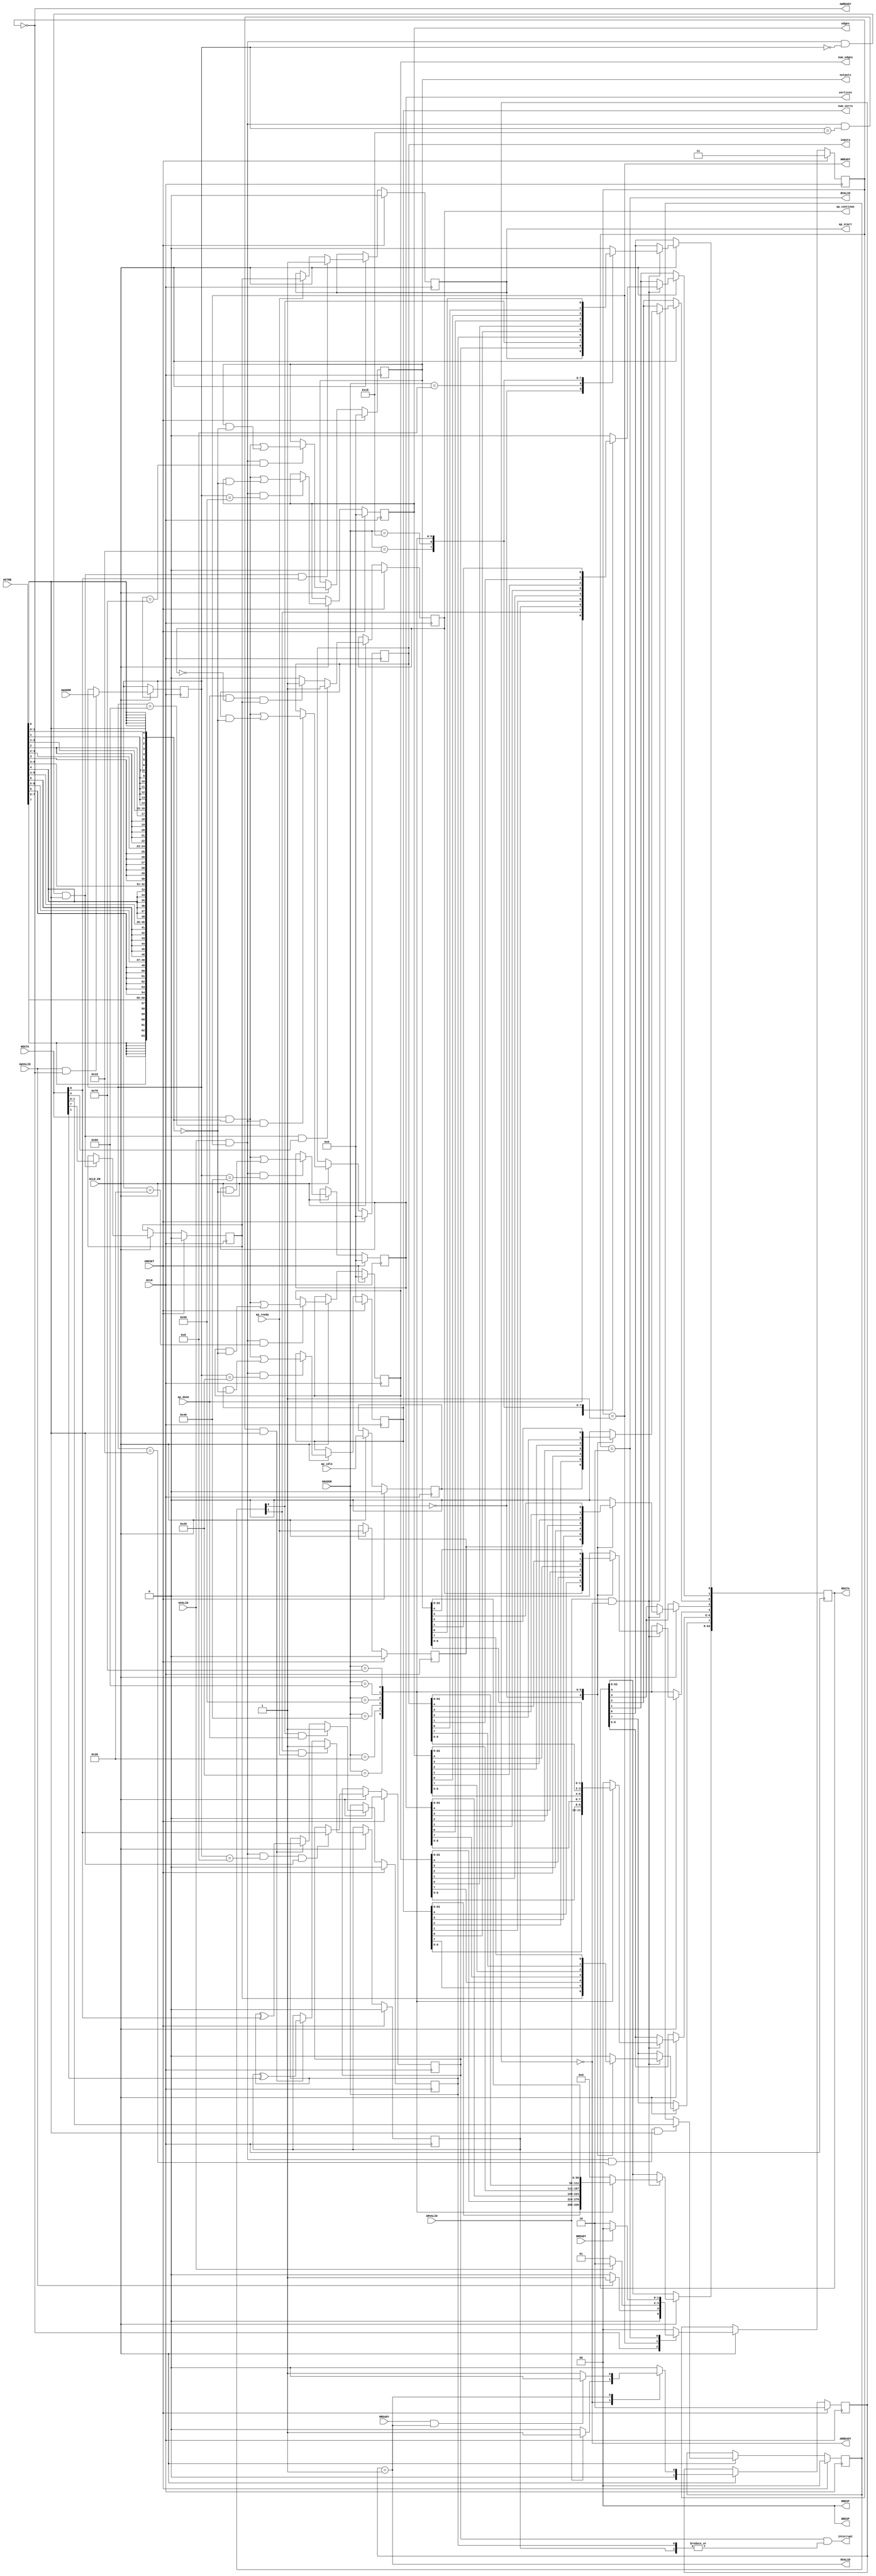
// ==============================================================
// Vitis HLS - High-Level Synthesis from C, C++ and OpenCL v2020.2 (64-bit)
// Copyright 1986-2020 Xilinx, Inc. All Rights Reserved.
// ==============================================================
`timescale 1ns/1ps
module pgrnk_control_s_axi
#(parameter
    C_S_AXI_ADDR_WIDTH = 7,
    C_S_AXI_DATA_WIDTH = 64
)(
    input  wire                          ACLK,
    input  wire                          ARESET,
    input  wire                          ACLK_EN,
    input  wire [C_S_AXI_ADDR_WIDTH-1:0] AWADDR,
    input  wire                          AWVALID,
    output wire                          AWREADY,
    input  wire [C_S_AXI_DATA_WIDTH-1:0] WDATA,
    input  wire [C_S_AXI_DATA_WIDTH/8-1:0] WSTRB,
    input  wire                          WVALID,
    output wire                          WREADY,
    output wire [1:0]                    BRESP,
    output wire                          BVALID,
    input  wire                          BREADY,
    input  wire [C_S_AXI_ADDR_WIDTH-1:0] ARADDR,
    input  wire                          ARVALID,
    output wire                          ARREADY,
    output wire [C_S_AXI_DATA_WIDTH-1:0] RDATA,
    output wire [1:0]                    RRESP,
    output wire                          RVALID,
    input  wire                          RREADY,
    output wire                          interrupt,
    output wire [63:0]                   num_verts,
    output wire [63:0]                   num_edges,
    output wire [63:0]                   vertices,
    output wire [63:0]                   edges,
    output wire [63:0]                   inputs,
    output wire [63:0]                   outputs,
    output wire                          ap_start,
    input  wire                          ap_done,
    input  wire                          ap_ready,
    output wire                          ap_continue,
    input  wire                          ap_idle
);
//------------------------Address Info-------------------
// 0x00 : Control signals
//        bit 0  - ap_start (Read/Write/COH)
//        bit 1  - ap_done (Read)
//        bit 2  - ap_idle (Read)
//        bit 3  - ap_ready (Read)
//        bit 4  - ap_continue (Read/Write/SC)
//        bit 7  - auto_restart (Read/Write)
//        others - reserved
// 0x08 : Global Interrupt Enable Register
//        bit 0  - Global Interrupt Enable (Read/Write)
//        others - reserved
// 0x10 : IP Interrupt Enable Register (Read/Write)
//        bit 0  - enable ap_done interrupt (Read/Write)
//        bit 1  - enable ap_ready interrupt (Read/Write)
//        others - reserved
// 0x18 : IP Interrupt Status Register (Read/TOW)
//        bit 0  - ap_done (COR/TOW)
//        bit 1  - ap_ready (COR/TOW)
//        others - reserved
// 0x20 : Data signal of num_verts
//        bit 63~0 - num_verts[63:0] (Read/Write)
// 0x28 : reserved
// 0x30 : Data signal of num_edges
//        bit 63~0 - num_edges[63:0] (Read/Write)
// 0x38 : reserved
// 0x40 : Data signal of vertices
//        bit 63~0 - vertices[63:0] (Read/Write)
// 0x48 : reserved
// 0x50 : Data signal of edges
//        bit 63~0 - edges[63:0] (Read/Write)
// 0x58 : reserved
// 0x60 : Data signal of inputs
//        bit 63~0 - inputs[63:0] (Read/Write)
// 0x68 : reserved
// 0x70 : Data signal of outputs
//        bit 63~0 - outputs[63:0] (Read/Write)
// 0x78 : reserved
// (SC = Self Clear, COR = Clear on Read, TOW = Toggle on Write, COH = Clear on Handshake)

//------------------------Parameter----------------------
localparam
    ADDR_AP_CTRL          = 7'h00,
    ADDR_GIE              = 7'h08,
    ADDR_IER              = 7'h10,
    ADDR_ISR              = 7'h18,
    ADDR_NUM_VERTS_DATA_0 = 7'h20,
    ADDR_NUM_VERTS_CTRL   = 7'h28,
    ADDR_NUM_EDGES_DATA_0 = 7'h30,
    ADDR_NUM_EDGES_CTRL   = 7'h38,
    ADDR_VERTICES_DATA_0  = 7'h40,
    ADDR_VERTICES_CTRL    = 7'h48,
    ADDR_EDGES_DATA_0     = 7'h50,
    ADDR_EDGES_CTRL       = 7'h58,
    ADDR_INPUTS_DATA_0    = 7'h60,
    ADDR_INPUTS_CTRL      = 7'h68,
    ADDR_OUTPUTS_DATA_0   = 7'h70,
    ADDR_OUTPUTS_CTRL     = 7'h78,
    WRIDLE                = 2'd0,
    WRDATA                = 2'd1,
    WRRESP                = 2'd2,
    WRRESET               = 2'd3,
    RDIDLE                = 2'd0,
    RDDATA                = 2'd1,
    RDRESET               = 2'd2,
    ADDR_BITS                = 7;

//------------------------Local signal-------------------
    reg  [1:0]                    wstate = WRRESET;
    reg  [1:0]                    wnext;
    reg  [ADDR_BITS-1:0]          waddr;
    wire [C_S_AXI_DATA_WIDTH-1:0] wmask;
    wire                          aw_hs;
    wire                          w_hs;
    reg  [1:0]                    rstate = RDRESET;
    reg  [1:0]                    rnext;
    reg  [C_S_AXI_DATA_WIDTH-1:0] rdata;
    wire                          ar_hs;
    wire [ADDR_BITS-1:0]          raddr;
    // internal registers
    reg                           int_ap_idle;
    reg                           int_ap_continue;
    reg                           int_ap_ready;
    wire                          int_ap_done;
    reg                           int_ap_start = 1'b0;
    reg                           int_auto_restart = 1'b0;
    reg                           int_gie = 1'b0;
    reg  [1:0]                    int_ier = 2'b0;
    reg  [1:0]                    int_isr = 2'b0;
    reg  [63:0]                   int_num_verts = 'b0;
    reg  [63:0]                   int_num_edges = 'b0;
    reg  [63:0]                   int_vertices = 'b0;
    reg  [63:0]                   int_edges = 'b0;
    reg  [63:0]                   int_inputs = 'b0;
    reg  [63:0]                   int_outputs = 'b0;

//------------------------Instantiation------------------


//------------------------AXI write fsm------------------
assign AWREADY = (wstate == WRIDLE);
assign WREADY  = (wstate == WRDATA);
assign BRESP   = 2'b00;  // OKAY
assign BVALID  = (wstate == WRRESP);
assign wmask   = { {8{WSTRB[7]}}, {8{WSTRB[6]}}, {8{WSTRB[5]}}, {8{WSTRB[4]}}, {8{WSTRB[3]}}, {8{WSTRB[2]}}, {8{WSTRB[1]}}, {8{WSTRB[0]}} };
assign aw_hs   = AWVALID & AWREADY;
assign w_hs    = WVALID & WREADY;

// wstate
always @(posedge ACLK) begin
    if (ARESET)
        wstate <= WRRESET;
    else if (ACLK_EN)
        wstate <= wnext;
end

// wnext
always @(*) begin
    case (wstate)
        WRIDLE:
            if (AWVALID)
                wnext = WRDATA;
            else
                wnext = WRIDLE;
        WRDATA:
            if (WVALID)
                wnext = WRRESP;
            else
                wnext = WRDATA;
        WRRESP:
            if (BREADY)
                wnext = WRIDLE;
            else
                wnext = WRRESP;
        default:
            wnext = WRIDLE;
    endcase
end

// waddr
always @(posedge ACLK) begin
    if (ACLK_EN) begin
        if (aw_hs)
            waddr <= AWADDR[ADDR_BITS-1:0];
    end
end

//------------------------AXI read fsm-------------------
assign ARREADY = (rstate == RDIDLE);
assign RDATA   = rdata;
assign RRESP   = 2'b00;  // OKAY
assign RVALID  = (rstate == RDDATA);
assign ar_hs   = ARVALID & ARREADY;
assign raddr   = ARADDR[ADDR_BITS-1:0];

// rstate
always @(posedge ACLK) begin
    if (ARESET)
        rstate <= RDRESET;
    else if (ACLK_EN)
        rstate <= rnext;
end

// rnext
always @(*) begin
    case (rstate)
        RDIDLE:
            if (ARVALID)
                rnext = RDDATA;
            else
                rnext = RDIDLE;
        RDDATA:
            if (RREADY & RVALID)
                rnext = RDIDLE;
            else
                rnext = RDDATA;
        default:
            rnext = RDIDLE;
    endcase
end

// rdata
always @(posedge ACLK) begin
    if (ACLK_EN) begin
        if (ar_hs) begin
            rdata <= 'b0;
            case (raddr)
                ADDR_AP_CTRL: begin
                    rdata[0] <= int_ap_start;
                    rdata[1] <= int_ap_done;
                    rdata[2] <= int_ap_idle;
                    rdata[3] <= int_ap_ready;
                    rdata[4] <= int_ap_continue;
                    rdata[7] <= int_auto_restart;
                end
                ADDR_GIE: begin
                    rdata <= int_gie;
                end
                ADDR_IER: begin
                    rdata <= int_ier;
                end
                ADDR_ISR: begin
                    rdata <= int_isr;
                end
                ADDR_NUM_VERTS_DATA_0: begin
                    rdata <= int_num_verts[63:0];
                end
                ADDR_NUM_EDGES_DATA_0: begin
                    rdata <= int_num_edges[63:0];
                end
                ADDR_VERTICES_DATA_0: begin
                    rdata <= int_vertices[63:0];
                end
                ADDR_EDGES_DATA_0: begin
                    rdata <= int_edges[63:0];
                end
                ADDR_INPUTS_DATA_0: begin
                    rdata <= int_inputs[63:0];
                end
                ADDR_OUTPUTS_DATA_0: begin
                    rdata <= int_outputs[63:0];
                end
            endcase
        end
    end
end


//------------------------Register logic-----------------
assign interrupt   = int_gie & (|int_isr);
assign ap_start    = int_ap_start;
assign int_ap_done = ap_done;
assign ap_continue = int_ap_continue;
assign num_verts   = int_num_verts;
assign num_edges   = int_num_edges;
assign vertices    = int_vertices;
assign edges       = int_edges;
assign inputs      = int_inputs;
assign outputs     = int_outputs;
// int_ap_start
always @(posedge ACLK) begin
    if (ARESET)
        int_ap_start <= 1'b0;
    else if (ACLK_EN) begin
        if (w_hs && waddr == ADDR_AP_CTRL && WSTRB[0] && WDATA[0])
            int_ap_start <= 1'b1;
        else if (ap_ready)
            int_ap_start <= int_auto_restart; // clear on handshake/auto restart
    end
end

// int_ap_idle
always @(posedge ACLK) begin
    if (ARESET)
        int_ap_idle <= 1'b0;
    else if (ACLK_EN) begin
            int_ap_idle <= ap_idle;
    end
end

// int_ap_ready
always @(posedge ACLK) begin
    if (ARESET)
        int_ap_ready <= 1'b0;
    else if (ACLK_EN) begin
            int_ap_ready <= ap_ready;
    end
end

// int_ap_continue
always @(posedge ACLK) begin
    if (ARESET)
        int_ap_continue <= 1'b0;
    else if (ACLK_EN) begin
        if (w_hs && waddr == ADDR_AP_CTRL && WSTRB[0] && WDATA[4])
            int_ap_continue <= 1'b1;
        else if (ap_done & ~int_ap_continue & int_auto_restart)
            int_ap_continue <= 1'b1; // auto restart
        else
            int_ap_continue <= 1'b0; // self clear
    end
end

// int_auto_restart
always @(posedge ACLK) begin
    if (ARESET)
        int_auto_restart <= 1'b0;
    else if (ACLK_EN) begin
        if (w_hs && waddr == ADDR_AP_CTRL && WSTRB[0])
            int_auto_restart <=  WDATA[7];
    end
end

// int_gie
always @(posedge ACLK) begin
    if (ARESET)
        int_gie <= 1'b0;
    else if (ACLK_EN) begin
        if (w_hs && waddr == ADDR_GIE && WSTRB[0])
            int_gie <= WDATA[0];
    end
end

// int_ier
always @(posedge ACLK) begin
    if (ARESET)
        int_ier <= 1'b0;
    else if (ACLK_EN) begin
        if (w_hs && waddr == ADDR_IER && WSTRB[0])
            int_ier <= WDATA[1:0];
    end
end

// int_isr[0]
always @(posedge ACLK) begin
    if (ARESET)
        int_isr[0] <= 1'b0;
    else if (ACLK_EN) begin
        if (int_ier[0] & ap_done)
            int_isr[0] <= 1'b1;
        else if (w_hs && waddr == ADDR_ISR && WSTRB[0])
            int_isr[0] <= int_isr[0] ^ WDATA[0]; // toggle on write
    end
end

// int_isr[1]
always @(posedge ACLK) begin
    if (ARESET)
        int_isr[1] <= 1'b0;
    else if (ACLK_EN) begin
        if (int_ier[1] & ap_ready)
            int_isr[1] <= 1'b1;
        else if (w_hs && waddr == ADDR_ISR && WSTRB[0])
            int_isr[1] <= int_isr[1] ^ WDATA[1]; // toggle on write
    end
end

// int_num_verts[63:0]
always @(posedge ACLK) begin
    if (ARESET)
        int_num_verts[63:0] <= 0;
    else if (ACLK_EN) begin
        if (w_hs && waddr == ADDR_NUM_VERTS_DATA_0)
            int_num_verts[63:0] <= (WDATA[63:0] & wmask) | (int_num_verts[63:0] & ~wmask);
    end
end

// int_num_edges[63:0]
always @(posedge ACLK) begin
    if (ARESET)
        int_num_edges[63:0] <= 0;
    else if (ACLK_EN) begin
        if (w_hs && waddr == ADDR_NUM_EDGES_DATA_0)
            int_num_edges[63:0] <= (WDATA[63:0] & wmask) | (int_num_edges[63:0] & ~wmask);
    end
end

// int_vertices[63:0]
always @(posedge ACLK) begin
    if (ARESET)
        int_vertices[63:0] <= 0;
    else if (ACLK_EN) begin
        if (w_hs && waddr == ADDR_VERTICES_DATA_0)
            int_vertices[63:0] <= (WDATA[63:0] & wmask) | (int_vertices[63:0] & ~wmask);
    end
end

// int_edges[63:0]
always @(posedge ACLK) begin
    if (ARESET)
        int_edges[63:0] <= 0;
    else if (ACLK_EN) begin
        if (w_hs && waddr == ADDR_EDGES_DATA_0)
            int_edges[63:0] <= (WDATA[63:0] & wmask) | (int_edges[63:0] & ~wmask);
    end
end

// int_inputs[63:0]
always @(posedge ACLK) begin
    if (ARESET)
        int_inputs[63:0] <= 0;
    else if (ACLK_EN) begin
        if (w_hs && waddr == ADDR_INPUTS_DATA_0)
            int_inputs[63:0] <= (WDATA[63:0] & wmask) | (int_inputs[63:0] & ~wmask);
    end
end

// int_outputs[63:0]
always @(posedge ACLK) begin
    if (ARESET)
        int_outputs[63:0] <= 0;
    else if (ACLK_EN) begin
        if (w_hs && waddr == ADDR_OUTPUTS_DATA_0)
            int_outputs[63:0] <= (WDATA[63:0] & wmask) | (int_outputs[63:0] & ~wmask);
    end
end


//------------------------Memory logic-------------------

endmodule